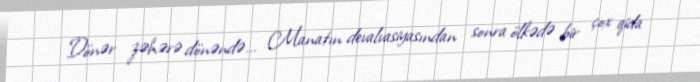
Dönər zəhərə dönəndə... Manatın devalvasiyasından sonra ölkədə bir çox qida